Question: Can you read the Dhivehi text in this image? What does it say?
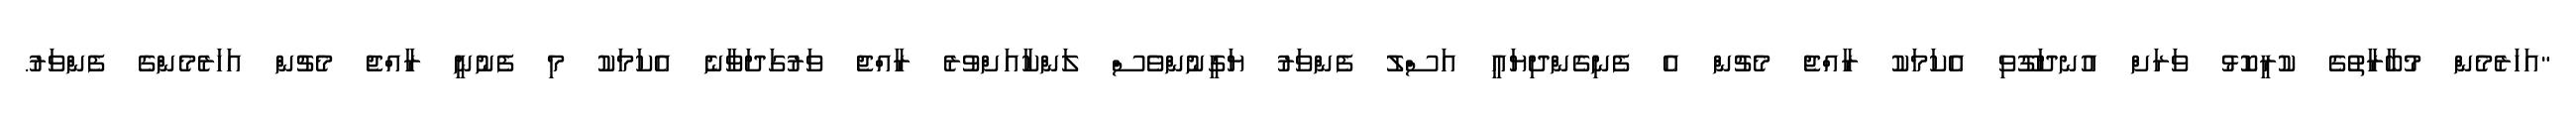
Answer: "އަހަރެމެން މުބާރާތުގެ ކުރީކޮޅު ވަރަށް އުނދަގޫވި އެކަމަކު ރާއްޖެ މެޗުން އެ ފެނިގެންދިޔައީ އަސްލު ފެންވަރު ޔަގީނުންވެސް ލަންކާއަށްވުރެ ރާއްޖެ ވަރުގަދަވާނެ އެކަމަކު މި ފެނުނީ ރާއްޖެ މެޗުން އަހަރެމެންގެ ފެންވަރު.